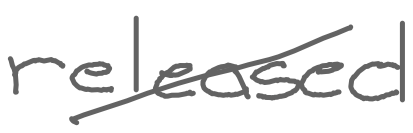
Text: released
Cross-out: diagonal
Writing tool: digital_gray